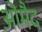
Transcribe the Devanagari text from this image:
ओमैद